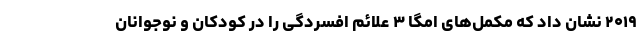
۲۰۱۹ نشان داد که مکمل‌های امگا ۳ علائم افسردگی را در کودکان و نوجوانان